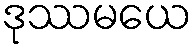
ဒုဿမယေ